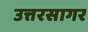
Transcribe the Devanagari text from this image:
उत्तरसागर